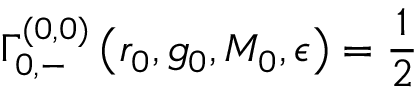
\Gamma _ { 0 , - } ^ { ( 0 , 0 ) } \left( r _ { 0 } , g _ { 0 } , M _ { 0 } , \epsilon \right) = \frac { 1 } { 2 }